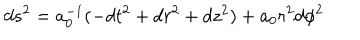
d s ^ { 2 } = a _ { 0 } ^ { - 1 } ( - d t ^ { 2 } + d r ^ { 2 } + d z ^ { 2 } ) + a _ { 0 } r ^ { 2 } d \phi ^ { 2 }